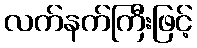
လက်နက်ကြီးဖြင့်